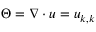
\Theta = \boldsymbol { \nabla \cdot u } = u _ { k , k }